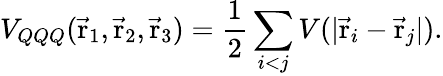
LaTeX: V_{QQQ}(\vec{\mathrm{r}}_{1},\vec{\mathrm{r}}_{2},\vec{\mathrm{r}}_{3})={\frac{1}{2}}\sum_{i<j}V(\vert\vec{\mathrm{r}}_{i}-\vec{\mathrm{r}}_{j}\vert).